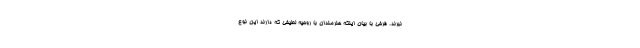
نبرند. فرخی با بیان اینکه هنرمندان با روحیه لطیفی که دارند این نوع